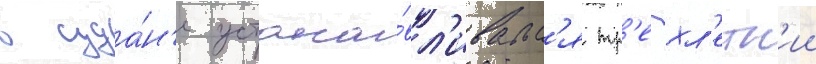
в суда́н'е устана́вл'ивалс'я тр'ехл'етн'ии